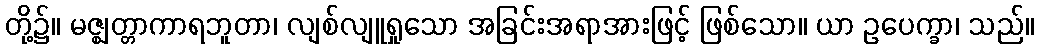
တို့၌။ မဇ္ဈတ္တာကာရဘူတာ၊ လျစ်လျူရှုသော အခြင်းအရာအားဖြင့် ဖြစ်သော။ ယာ ဥပေက္ခာ၊ သည်။